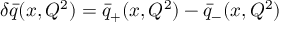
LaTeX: \delta \bar { q } ( x , Q ^ { 2 } ) = \bar { q } _ { + } ( x , Q ^ { 2 } ) - \bar { q } _ { - } ( x , Q ^ { 2 } )